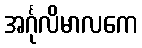
အင်္ဂုလိမာလကေ